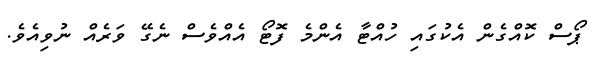
ޕޯސް ކޮއްގެން އެކުގައި ހުއްޓާ އެންމެ ފޮޓޯ އެއްވެސް ނެގޭ ވަރެއް ނުވިއެވެ.